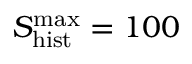
S _ { \mathrm { h i s t } } ^ { \mathrm { m a x } } = 1 0 0